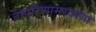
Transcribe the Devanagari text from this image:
तत्परिणामस्वरूप